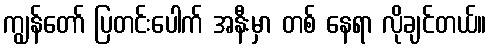
ကျွန်တော် ပြတင်းပေါက် အနီးမှာ တစ် နေရာ လိုချင်တယ်။